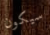
سيكون